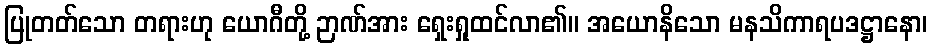
ပြုတတ်သော တရားဟု ယောဂီတို့ ဉာဏ်အား ရှေးရှုထင်လာ၏။ အယောနိသော မနသိကာရပဒဋ္ဌာနော၊